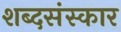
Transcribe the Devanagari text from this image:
शब्दसंस्कार